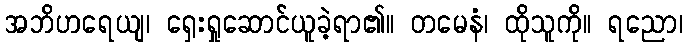
အဘိဟရေယျ၊ ရှေးရှုဆောင်ယူခဲ့ရာ၏။ တမေနံ၊ ထိုသူကို။ ရညော၊